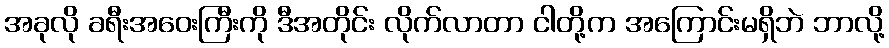
အခုလို ခရီးအဝေးကြီးကို ဒီအတိုင်း လိုက်လာတာ ငါတို့က အကြောင်းမရှိဘဲ ဘာလို့